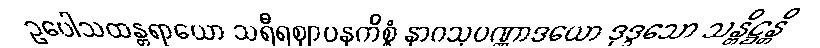
ဥပေါသထန္တရာယော သရီရဈာပနကိစ္စံ နာဂသုပဏ္ဏာဒယော ဒုဒ္ဒသော သန္တိဋ္ဌန္တိ